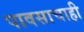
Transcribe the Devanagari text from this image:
पावसाचाही